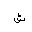
Letter: _shin